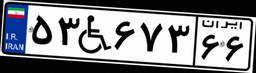
۳۲W۸۳۳۴۲